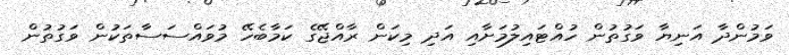
ވަމުންދާ އަނިޔާ ވަގުތުން ހުއްޓައިލުމަށާއި އަދި މިކަން ރާއްޖޭގެ ކަމާބެހޭ މުވައްސަސާތަކުން ވަގުތުން